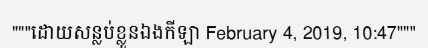
"""ដោយសន្លប់ខ្លួនឯងកីឡា February 4, 2019, 10:47"""